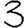
Digit: 3